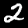
Digit: 2